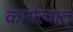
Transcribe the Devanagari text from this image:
कार्यत्वात्